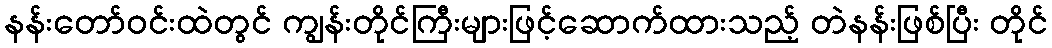
နန်းတော်ဝင်းထဲတွင် ကျွန်းတိုင်ကြီးများဖြင့်ဆောက်ထားသည့် တဲနန်းဖြစ်ပြီး တိုင်